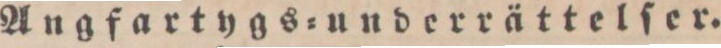
Angfartygs=underrättelſer.